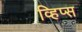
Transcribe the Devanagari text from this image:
व्हिप्स